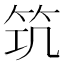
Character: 𥬑